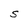
Character: S